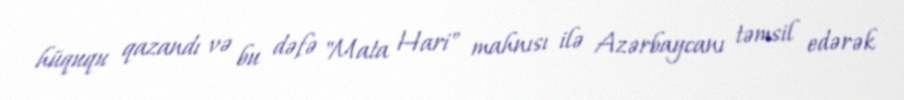
hüququ qazandı və bu dəfə "Mata Hari" mahnısı ilə Azərbaycanı təmsil edərək